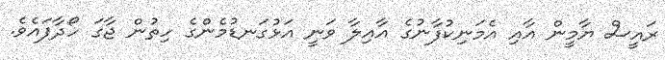
ރައީސް ޔާމީން އާއި އެމަނިކުފާނުގެ އާއިލާ ވަނީ އަޅުގަނޑުމެންގެ ހިތުން ޖާގަ ހޯދާފައެވެ.